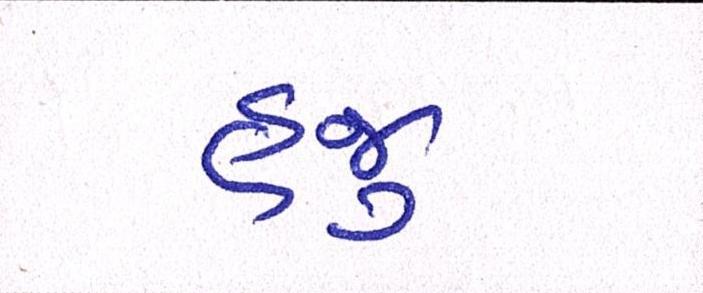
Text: હજુ